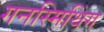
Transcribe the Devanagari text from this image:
गनस्मिथिंग